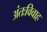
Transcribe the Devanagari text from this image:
अंतःविवाह